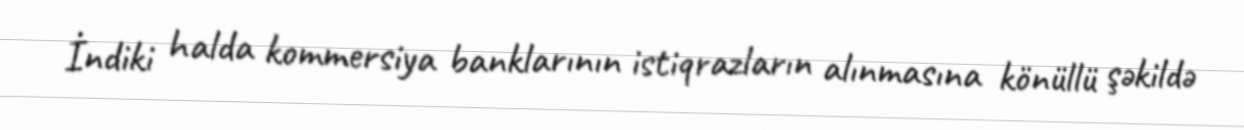
İndiki halda kommersiya banklarının istiqrazların alınmasına könüllü şəkildə